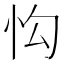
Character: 𢗕